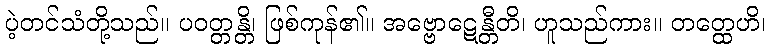
ပဲ့တင်သံတို့သည်။ ပဝတ္တန္တိ၊ ဖြစ်ကုန်၏။ အဗ္ဗောဋေန္တီတိ၊ ဟူသည်ကား။ တတ္ထေဟိ၊